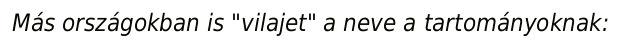
Más országokban is "vilajet" a neve a tartományoknak: